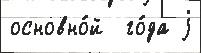
основно́й  го́да j